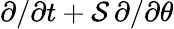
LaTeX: \partial/\partial t+{\cal S}\, \partial/\partial\theta